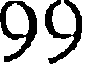
99